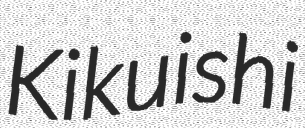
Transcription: Kikuishi